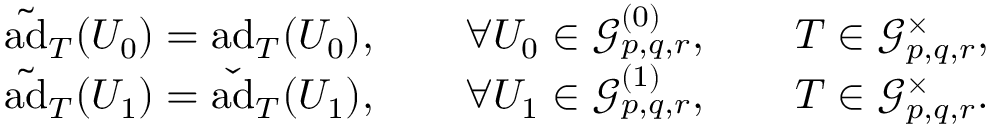
\begin{array} { r l r } & { } & { \tilde { \mathrm { a d } } _ { T } ( U _ { 0 } ) = \mathrm { a d } _ { T } ( U _ { 0 } ) , \qquad \forall U _ { 0 } \in \mathcal { G } _ { p , q , r } ^ { ( 0 ) } , \qquad T \in \mathcal { G } _ { p , q , r } ^ { \times } , } \\ & { } & { \tilde { \mathrm { a d } } _ { T } ( U _ { 1 } ) = \check { \mathrm { a d } } _ { T } ( U _ { 1 } ) , \qquad \forall U _ { 1 } \in \mathcal { G } _ { p , q , r } ^ { ( 1 ) } , \qquad T \in \mathcal { G } _ { p , q , r } ^ { \times } . } \end{array}